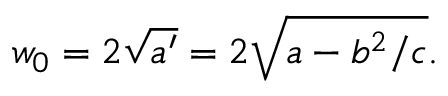
w _ { 0 } = 2 \sqrt { a ^ { \prime } } = 2 \sqrt { a - b ^ { 2 } / c } .